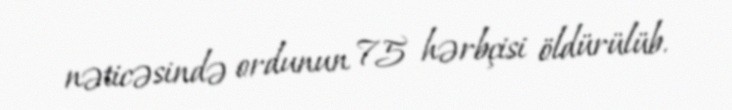
nəticəsində ordunun 75 hərbçisi öldürülüb.